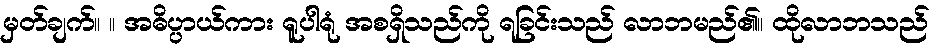
မှတ်ချက်။ ။ အဓိပ္ပာယ်ကား ရူပါရုံ အစရှိသည်ကို ရခြင်းသည် လာဘမည်၏။ ထိုလာဘသည်